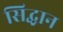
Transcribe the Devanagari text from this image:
सिद्धान